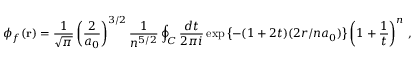
\phi _ { f } ( { \bf r } ) = { \frac { 1 } { \sqrt { \pi } } } \left( { \frac { 2 } { a _ { 0 } } } \right) ^ { 3 / 2 } { \frac { 1 } { n ^ { 5 / 2 } } } \oint _ { C } { \frac { d t } { 2 \pi i } } \exp \left\{ - ( 1 + 2 t ) ( 2 r / n a _ { 0 } ) \right\} \left( 1 + { \frac { 1 } { t } } \right) ^ { n } \, ,